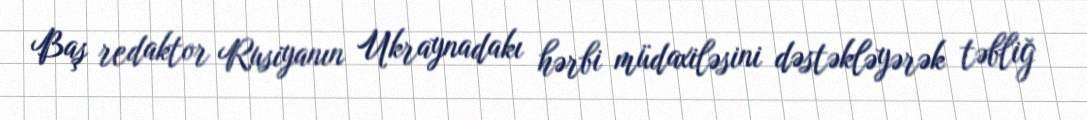
Baş redaktor Rusiyanın Ukraynadakı hərbi müdaxiləsini dəstəkləyərək təbliğ